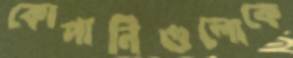
কোপানিগুলোকে